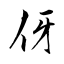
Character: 伢